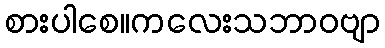
စားပါစေ။ကလေးသဘာဝဗျာ